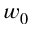
w _ { 0 }